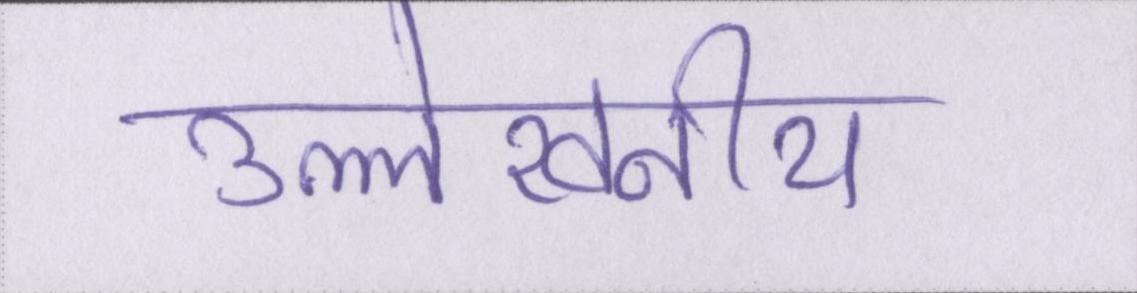
उल्लेखनीय